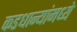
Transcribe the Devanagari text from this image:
कडधान्यांमध्ये